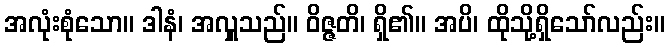
အလုံးစုံသော။ ဒါနံ၊ အလှူသည်။ ဝိဇ္ဇတိ၊ ရှိ၏။ အပိ၊ ထိုသို့ရှိသော်လည်း။